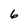
Character: 6